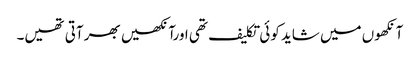
آنکھوں میں شاید کوئی تکلیف تھی اورآنکھیں بھر آتی تھیں۔